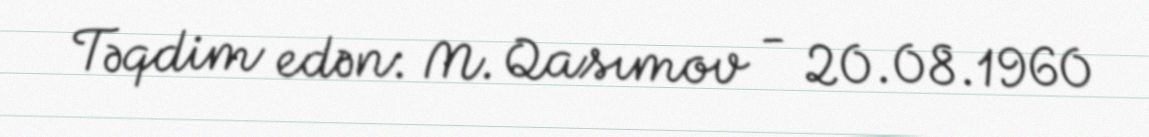
Təqdim edən: M. Qasımov - 20.08.1960